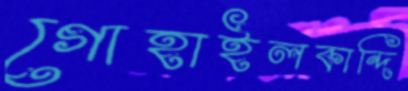
গোহাইলকান্দি